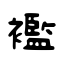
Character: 襤